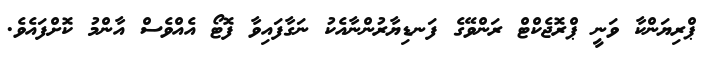
ޕްރިޔަންކާ ވަނީ ޕްރޮޖެކްޓް ރަންވޭގެ ފަނޑިޔާރުންނާއެކު ނަގާފައިވާ ފޮޓޯ އެއްވެސް އާންމު ކޮށްފައެވެ.